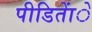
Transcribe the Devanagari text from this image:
पीडिताेंे